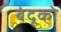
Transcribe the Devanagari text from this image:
बंदूको